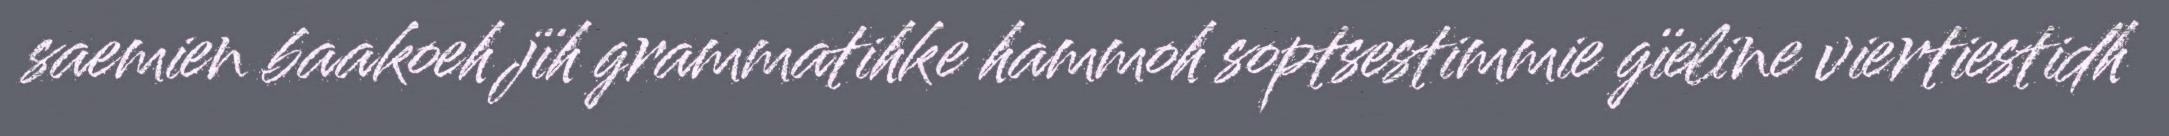
saemien baakoeh jïh grammatihke hammoh soptsestimmie gïeline viertiestidh